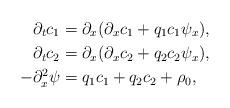
LaTeX: \begin{align*} \partial_t c_1&=\partial_x (\partial_x c_1 + q_1c_1\psi_x ), \\ \partial_t c_2&=\partial_x (\partial_x c_2 + q_2 c_2\psi_x ), \\ -\partial_x^2\psi &= q_1c_1+q_2c_2 +\rho_0,\end{align*}